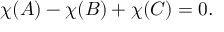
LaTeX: \chi ( A ) - \chi ( B ) + \chi ( C ) = 0 .